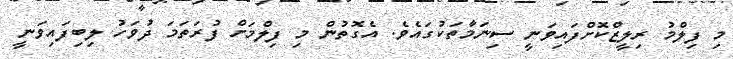
މި ފިލްމު ރިލީޒްކޮށްފައިވަނީ ސިނަމާތަކުގައެވެ. އެގޮތުން މި ފިލްމަށް ފުރަތަމަ ދުވަހު ލިބިފައިވަނީ